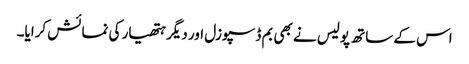
اس کے ساتھ پولیس نے بھی بم ڈسپوزل اور دیگر ہتھیار کی نمائش کرایا۔